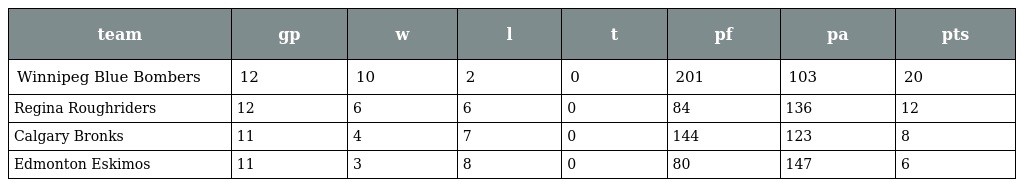
| team | gp | w | l | t | pf | pa | pts |
 | --- | --- | --- | --- | --- | --- | --- | --- |
 | Winnipeg Blue Bombers | 12 | 10 | 2 | 0 | 201 | 103 | 20 |
 | Regina Roughriders | 12 | 6 | 6 | 0 | 84 | 136 | 12 |
 | Calgary Bronks | 11 | 4 | 7 | 0 | 144 | 123 | 8 |
 | Edmonton Eskimos | 11 | 3 | 8 | 0 | 80 | 147 | 6 |